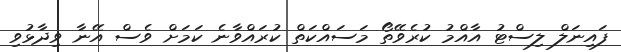
ފައިނަލް ލިސްޓު އާއްމު ކުރެވޭތޯ މަސައްކަތް ކުރައްވާނެ ކަމަށް ވެސް އޭނާ ވިދާޅުވި